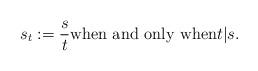
LaTeX: \begin{align*} s_t := \frac{s}{t} \mbox{when and only when} t|s.\end{align*}